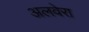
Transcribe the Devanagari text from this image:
अलवेरा